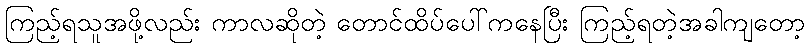
ကြည့်ရသူအဖို့လည်း ကာလဆိုတဲ့ တောင်ထိပ်ပေါ်ကနေပြီး ကြည့်ရတဲ့အခါကျတော့